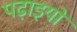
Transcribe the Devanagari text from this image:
पढ़ाइयों